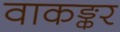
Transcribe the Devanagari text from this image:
वाकङ्कर